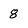
Character: 8